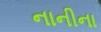
નાનીના